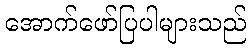
အောက်ဖော်ပြပါများသည်